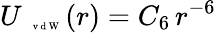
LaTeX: U_{\mathrm{~\tiny~\textnormal~{~v~d~W~}~}}(r)=C_{6}\, r^{-6}